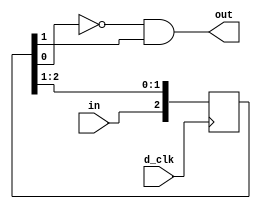
`timescale 1ns / 1ps
//////////////////////////////////////////////////////////////////////////////////
// Company: 
// Engineer: 
// 
// Design Name: 
// Module Name:    debouncing_circuit 
// Project Name: 
// Target Devices: 
// Tool versions: 
// Description: 
//
// Dependencies: 
//
// Revision: 
// Revision 0.01 - File Created
// Additional Comments: 
//
//////////////////////////////////////////////////////////////////////////////////
module debouncing_circuit(
								d_clk,
								in,
								out
    );
	 
	 /////////////////////////////////////////////////////////////////////////////////
	//Inputs/Outputs
	/////////////////////////////////////////////////////////////////////////////////
    input d_clk;
    input in;
    output wire out;
	 
	/////////////////////////////////////////////////////////////////////////////////
	//Wire/Reg Declarations
	/////////////////////////////////////////////////////////////////////////////////
	 //wire is_posedge;
	 reg [2:0] step_d;
	 //reg clk_delay;

	/////////////////////////////////////////////////////////////////////////////////
	//Sequential Logic
	/////////////////////////////////////////////////////////////////////////////////
	 /*initial begin
		out = 0;
	 end*/
	 
	 assign out = ~step_d[0] & step_d[1];
	 
	 /*always @(d_clk) begin
		clk_delay <= d_clk;
	 end*/
	 
	 always @(posedge d_clk) begin
		step_d[2:0] <= {in, step_d[2:1]};
	 end
	/*
	always @ (posedge d_clk) begin
		if(is_posedge) begin
			out <= ! out;
		end
	end*/
	

endmodule